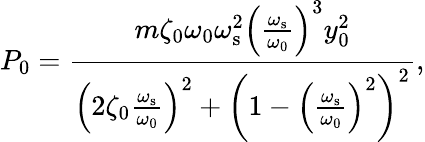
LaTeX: P_{0}=\frac{m\zeta_{\mathrm{0}}\omega_{0}\omega_{\mathrm{s}}^{2}\left(\frac{\omega_{\mathrm{s}}}{\omega_{0}}\right)^{3}y_{0}^{2}}{\left(2\zeta_{\mathrm{0}}\frac{\omega_{\mathrm{s}}}{\omega_{0}}\right)^{2}+\left(1-\left(\frac{\omega_{\mathrm{s}}}{\omega_{0}}\right)^{2}\right)^{2}},